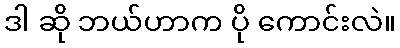
ဒါ ဆို ဘယ်ဟာက ပို ကောင်းလဲ။